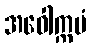
အဝေါက္ကမံ